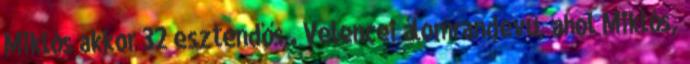
Miklós akkor 32 esztendős . Velencei álomrandevú, ahol Miklós,